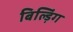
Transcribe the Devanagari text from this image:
बिल्ड़िंग